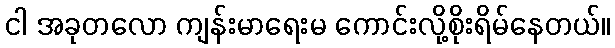
ငါ အခုတလော ကျန်းမာရေးမ ကောင်းလို့စိုးရိမ်နေတယ်။